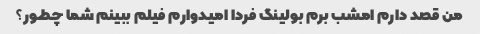
من قصد دارم امشب برم بولینگ فردا امیدوارم فیلم ببینم شما چطور؟